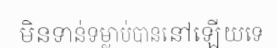
មិនទាន់ទម្លាប់បាននៅឡើយទេ